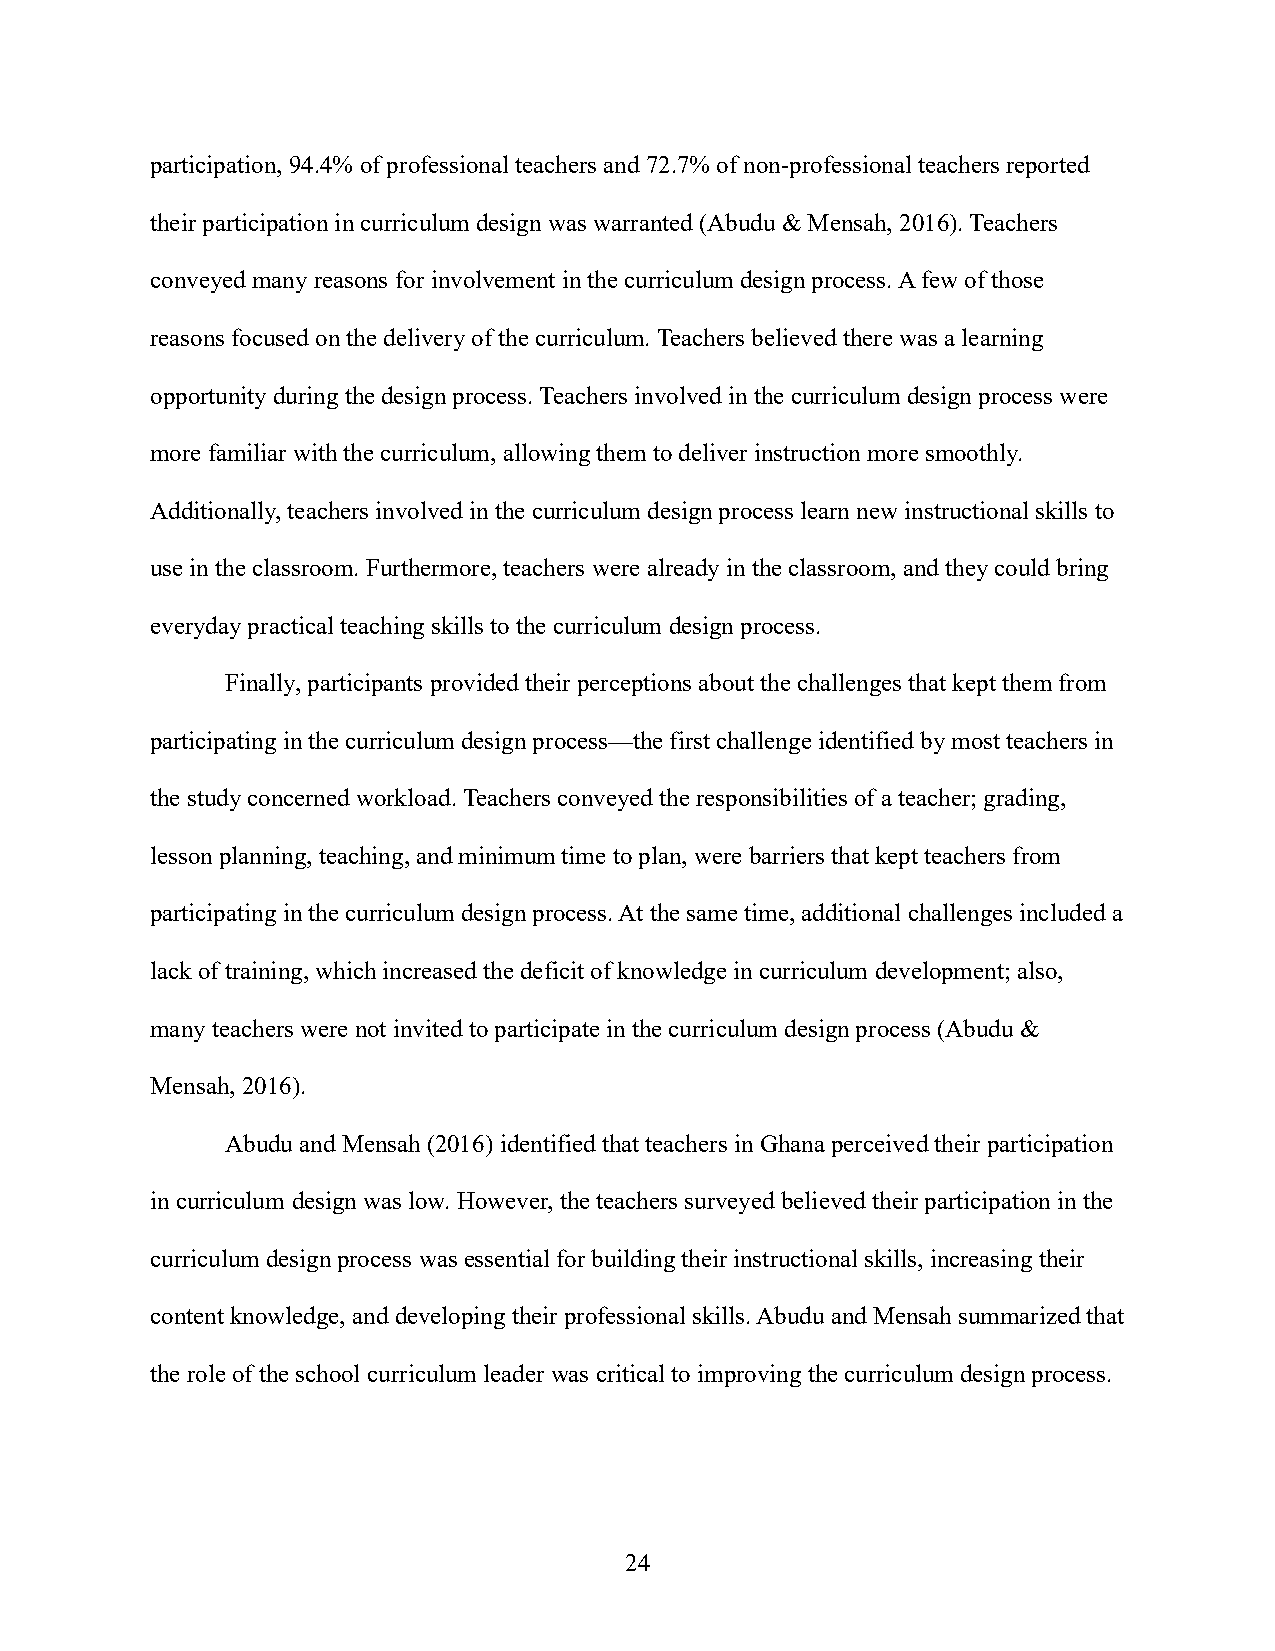
participation, 94.4% of professional teachers and 72.7% of non-professional teachers reported
 their participation in curriculum design was warranted (Abudu & Mensah, 2016). Teachers
 conveyed many reasons for involvement in the curriculum design process. A few of those
 reasons focused on the delivery of the curriculum. Teachers believed there was a learning
 opportunity during the design process. Teachers involved in the curriculum design process were
 more familiar with the curriculum, allowing them to deliver instruction more smoothly.
 Additionally, teachers involved in the curriculum design process learn new instructional skills to
 use in the classroom. Furthermore, teachers were already in the classroom, and they could bring
 everyday practical teaching skills to the curriculum design process.
 Finally, participants provided their perceptions about the challenges that kept them from
 participating in the curriculum design process—the first challenge identified by most teachers in
 the study concerned workload. Teachers conveyed the responsibilities of a teacher; grading,
 lesson planning, teaching, and minimum time to plan, were barriers that kept teachers from
 participating in the curriculum design process. At the same time, additional challenges included a
 lack of training, which increased the deficit of knowledge in curriculum development; also,
 many teachers were not invited to participate in the curriculum design process (Abudu &
 Mensah, 2016).
 Abudu and Mensah (2016) identified that teachers in Ghana perceived their participation
 in curriculum design was low. However, the teachers surveyed believed their participation in the
 curriculum design process was essential for building their instructional skills, increasing their
 content knowledge, and developing their professional skills. Abudu and Mensah summarized that
 the role of the school curriculum leader was critical to improving the curriculum design process.
 24